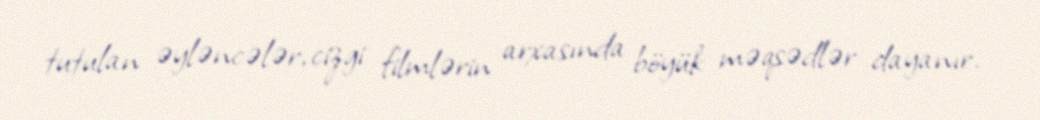
tutulan əyləncələr, cizgi filmlərin arxasında böyük məqsədlər dayanır.